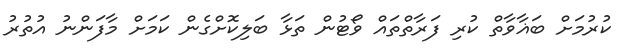
ކުރުމަށް ބަޣާވާތް ކުރި ފަރާތްތައް ވޯޓުން ތަޅާ ބަލިކޮށްގެން ކަމަށް މާފަންނު އުތުރު